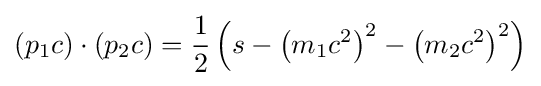
\left(p_{1}c\right)\cdot \left(p_{2}c\right)={\frac {1}{2}}\left(s-\left(m_{1}c^{2}\right)^{2}-\left(m_{2}c^{2}\right)^{2}\right)